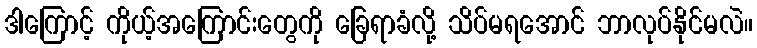
ဒါကြောင့် ကိုယ့်အကြောင်းတွေကို ခြေရာခံလို့ သိပ်မရအောင် ဘာလုပ်နိုင်မလဲ။